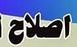
املاح